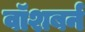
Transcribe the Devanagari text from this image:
वॉशबर्न